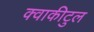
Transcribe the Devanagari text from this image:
क्वाकीटुल